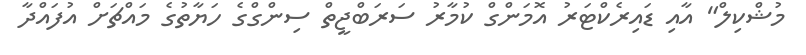
މުޝްކިލް" އާއި ޑައިރެކްޓަރު އޮމަންގް ކުމާރު ސަރަބްޖީތް ސިންގްގެ ހަޔާތުގެ މައްޗަށް އުފައްދާ